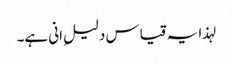
لہذا یہ قیاس دلیلِ انی ہے۔